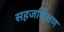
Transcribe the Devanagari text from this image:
सहजशिक्षण